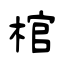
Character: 棺